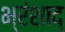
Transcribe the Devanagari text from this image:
भ्रंशाद्